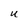
Character: U